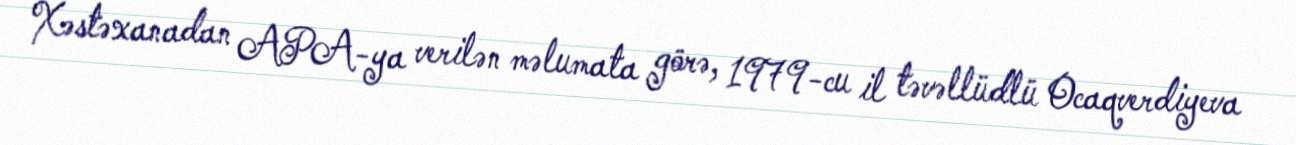
Xəstəxanadan APA-ya verilən məlumata görə, 1979-cu il təvəllüdlü Ocaqverdiyeva